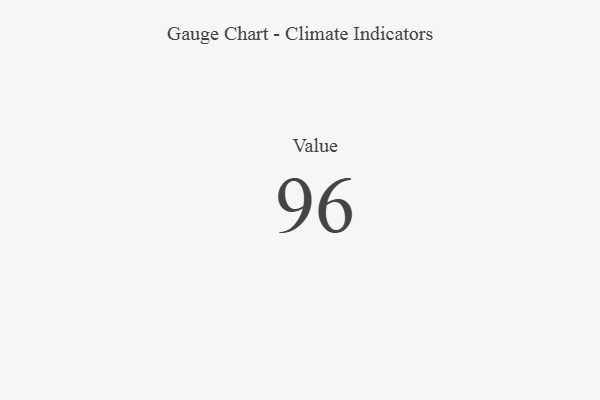
{"axis": {"x": "Metric", "y": "Value"}, "legend": [""], "data": [{"x": "Value", "y": 96, "type": ""}]}